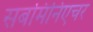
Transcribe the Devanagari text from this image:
सबमिनिएचर